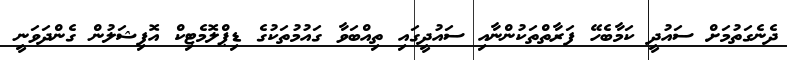
ދެނެގަތުމަށް ސައުދީ ކަމާބެހޭ ފަރާތްތަކުންނާއި ސައުދީގައި ތިއްބަވާ ގައުމުތަކުގެ ޑިޕްލޮމެޓިކް އޮފިޝަލުން ގެންދަވަނީ